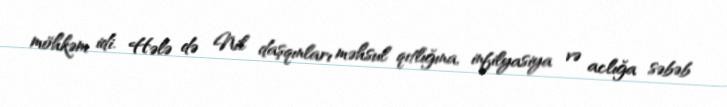
möhkəm idi. Hələ də Nil daşqınları məhsul qıtlığına, infilyasiya və aclığa səbəb